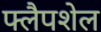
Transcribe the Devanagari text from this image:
फ्लैपशेल